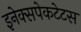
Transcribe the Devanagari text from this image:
इनेक्सपेकटेटस